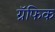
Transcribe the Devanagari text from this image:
ग्रॅफिक